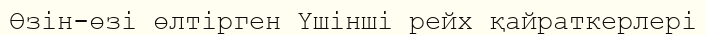
Өзін-өзі өлтірген Үшінші рейх қайраткерлері